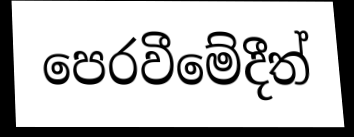
පෙරවීමේදීත්